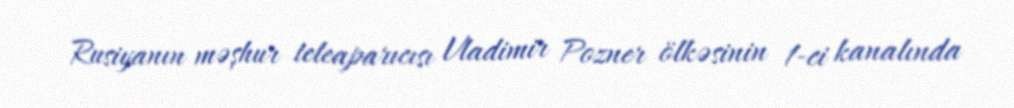
Rusiyanın məşhur teleaparıcısı Vladimir Pozner ölkəsinin 1-ci kanalında